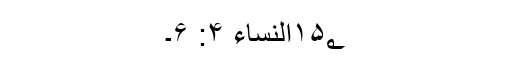
۱۵؂النساء ۴: ۶۔